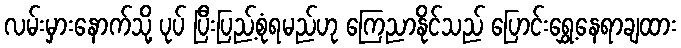
လမ်းမှားနောက်သို့ ပုပ် ပြီးပြည့်စုံရမည်ဟု ကြေညာနိုင်သည် ပြောင်းရွှေ့နေရာချထား